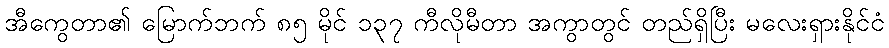
အီကွေတာ၏ မြောက်ဘက် ၈၅ မိုင် ၁၃၇ ကီလိုမီတာ အကွာတွင် တည်ရှိပြီး မလေးရှားနိုင်ငံ